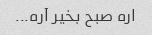
اره صبح بخیر آره...